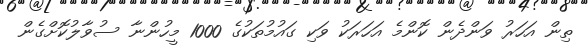
ތިން އަހަރު ވަންދެން ކޮންމެ އަހަރަކު ވަކި ގައުމުތަކުގެ 1000 މީހުންނާ ސުވާލުކޮށްގެން